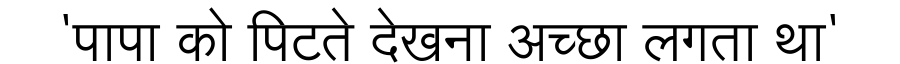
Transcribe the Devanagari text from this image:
'पापा को पिटते देखना अच्छा लगता था'